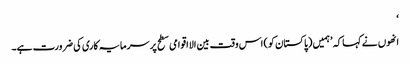
‘
انھوں نے کہا کہ ’ہمیں (پاکستان کو) اس وقت بین الااقوامی سطح پر سرمایہ کاری کی ضرورت ہے۔